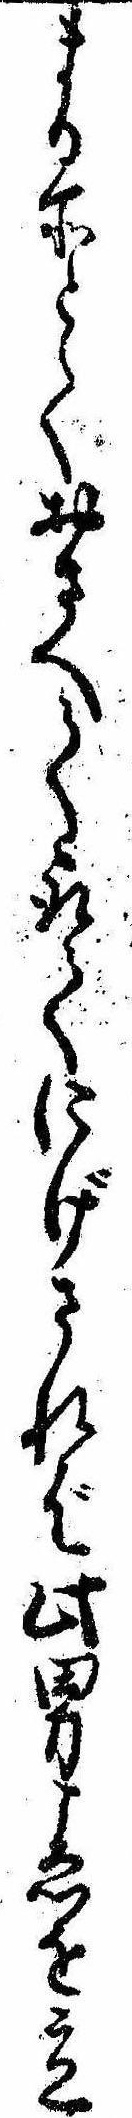
まる所とておさへて取てにげされば此男こゑを立